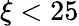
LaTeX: \xi<25